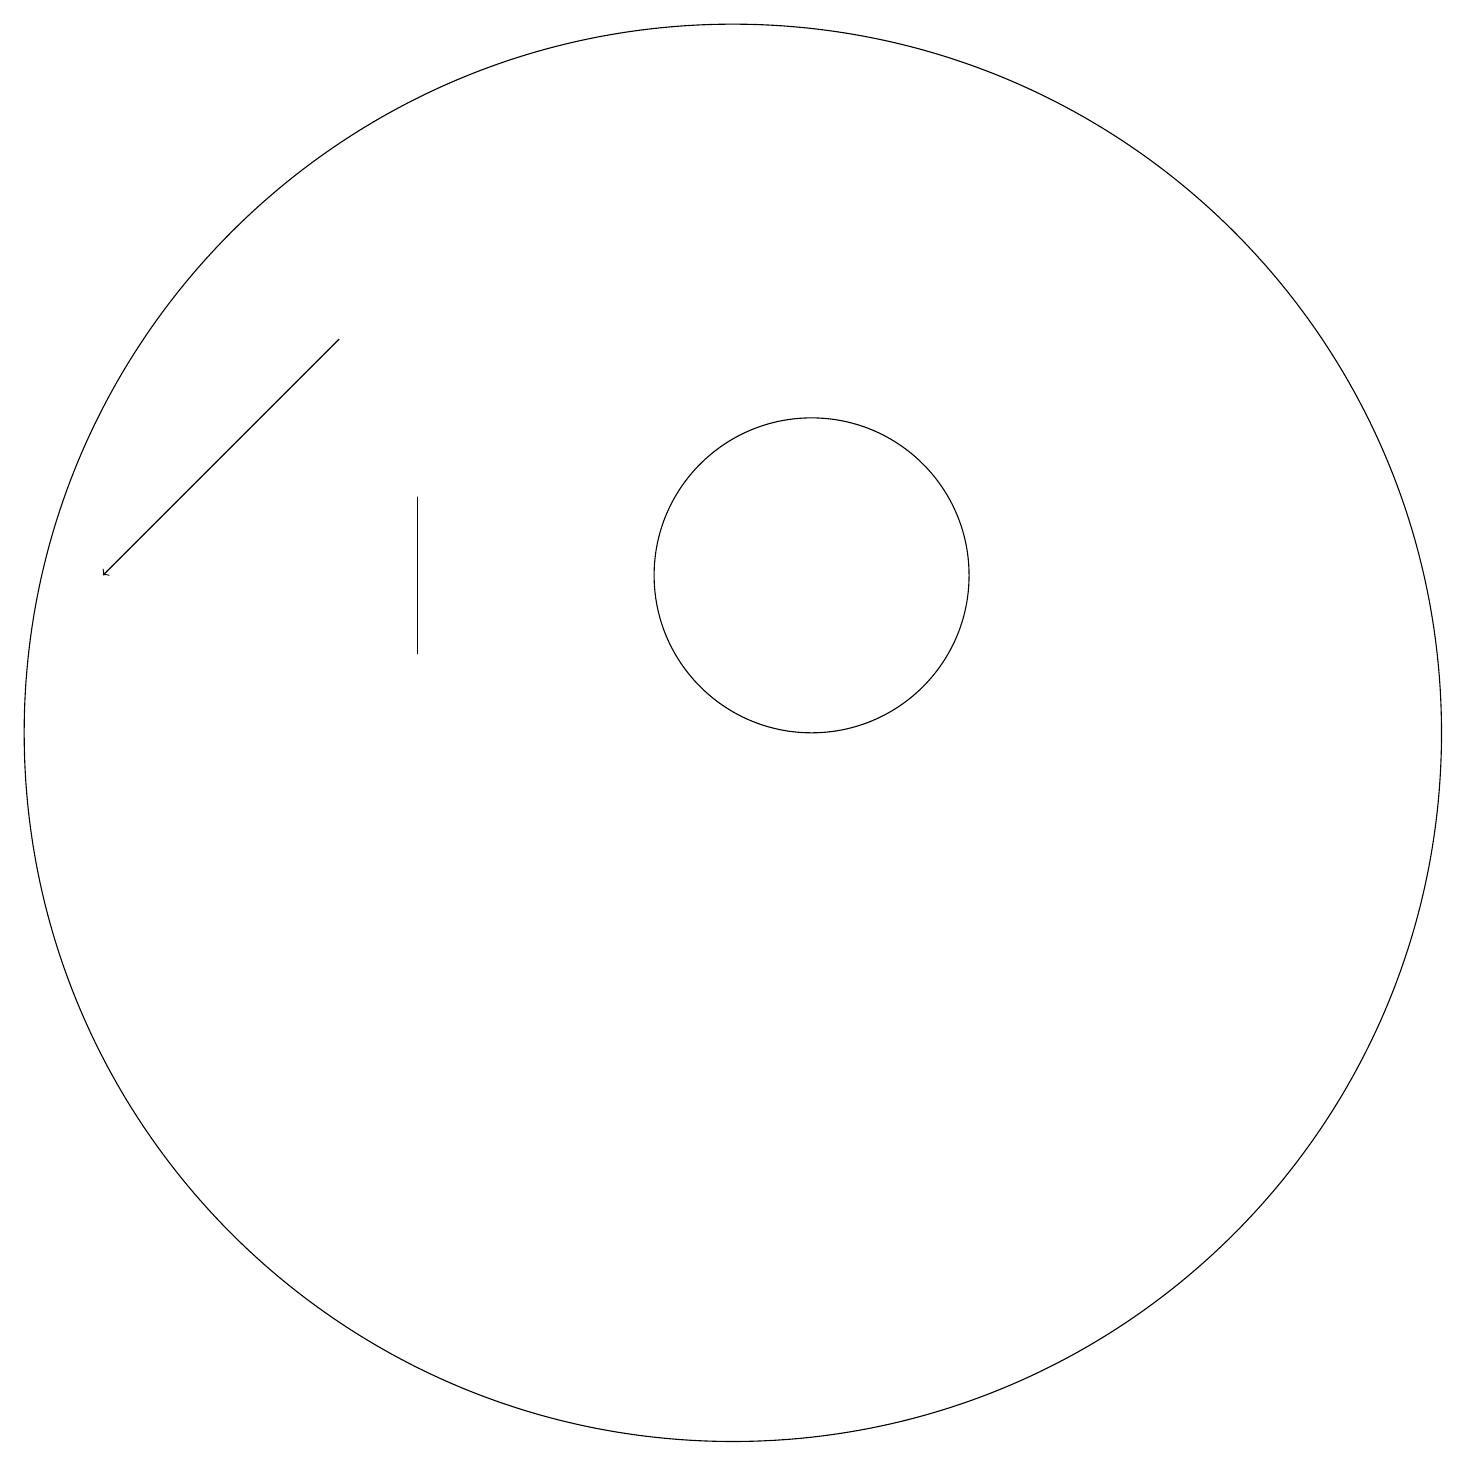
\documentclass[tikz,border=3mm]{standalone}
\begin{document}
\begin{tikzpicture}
\draw (11,10) circle (9);
\draw (12,12) circle (2);
\draw[->] (6,15) -- (3,12);
\draw (7,13) rectangle (7,11);
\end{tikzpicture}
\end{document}